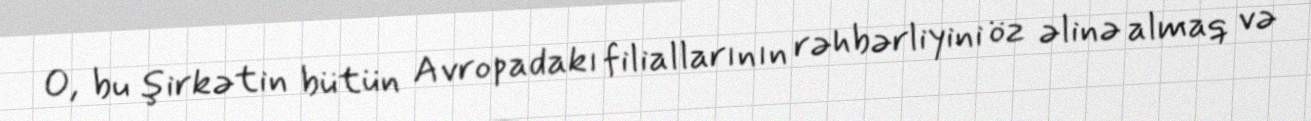
O, bu şirkətin bütün Avropadakı filiallarının rəhbərliyini öz əlinə almaq və